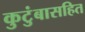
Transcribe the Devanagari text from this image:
कुटुंबासहित